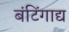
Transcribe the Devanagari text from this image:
बंटिंगाद्य